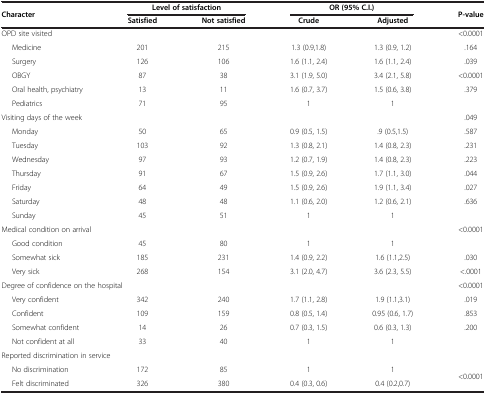
<table><thead><tr><td rowspan="2"><b>Character</b></td><td colspan="2"><b>Level of satisfaction</b></td><td colspan="2"><b>OR (95% C.I.)</b></td><td rowspan="2"><b>P-value</b></td></tr><tr><td><b>Satisfied</b></td><td><b>Not satisfied</b></td><td><b>Crude</b></td><td><b>Adjusted</b></td></tr></thead><tbody><tr><td>OPD site visited</td><td colspan="4"> </td><td>&lt;0.0001</td></tr><tr><td>Medicine</td><td>201</td><td>215</td><td>1.3 (0.9,1.8)</td><td>1.3 (0.9, 1.2)</td><td>.164</td></tr><tr><td>Surgery</td><td>126</td><td>106</td><td>1.6 (1.1, 2.4)</td><td>1.6 (1.1, 2.4)</td><td>.039</td></tr><tr><td>OBGY</td><td>87</td><td>38</td><td>3.1 (1.9, 5.0)</td><td>3.4 (2.1, 5.8)</td><td>&lt;0.0001</td></tr><tr><td>Oral health, psychiatry</td><td>13</td><td>11</td><td>1.6 (0.7, 3.7)</td><td>1.5 (0.6, 3.8)</td><td>.379</td></tr><tr><td>Pediatrics</td><td>71</td><td>95</td><td>1</td><td>1</td><td> </td></tr><tr><td>Visiting days of the week</td><td colspan="4"> </td><td>.049</td></tr><tr><td>Monday</td><td>50</td><td>65</td><td>0.9 (0.5, 1.5)</td><td>.9 (0.5,1.5)</td><td>.587</td></tr><tr><td>Tuesday</td><td>103</td><td>92</td><td>1.3 (0.8, 2.1)</td><td>1.4 (0.8, 2.3)</td><td>.231</td></tr><tr><td>Wednesday</td><td>97</td><td>93</td><td>1.2 (0.7, 1.9)</td><td>1.4 (0.8, 2.3)</td><td>.223</td></tr><tr><td>Thursday</td><td>91</td><td>67</td><td>1.5 (0.9, 2.6)</td><td>1.7 (1.1, 3.0)</td><td>.044</td></tr><tr><td>Friday</td><td>64</td><td>49</td><td>1.5 (0.9, 2.6)</td><td>1.9 (1.1, 3.4)</td><td>.027</td></tr><tr><td>Saturday</td><td>48</td><td>48</td><td>1.1 (0.6, 2.0)</td><td>1.2 (0.6, 2.1)</td><td>.636</td></tr><tr><td>Sunday</td><td>45</td><td>51</td><td>1</td><td>1</td><td> </td></tr><tr><td colspan="5">Medical condition on arrival</td><td>&lt;0.0001</td></tr><tr><td>Good condition</td><td>45</td><td>80</td><td>1</td><td>1</td><td> </td></tr><tr><td>Somewhat sick</td><td>185</td><td>231</td><td>1.4 (0.9, 2.2)</td><td>1.6 (1.1,2.5)</td><td>.030</td></tr><tr><td>Very sick</td><td>268</td><td>154</td><td>3.1 (2.0, 4.7)</td><td>3.6 (2.3, 5.5)</td><td>&lt;.0001</td></tr><tr><td colspan="5">Degree of confidence on the hospital</td><td>&lt;0.0001</td></tr><tr><td>Very confident</td><td>342</td><td>240</td><td>1.7 (1.1, 2.8)</td><td>1.9 (1.1,3.1)</td><td>.019</td></tr><tr><td>Confident</td><td>109</td><td>159</td><td>0.8 (0.5, 1.4)</td><td>0.95 (0.6, 1.7)</td><td>.853</td></tr><tr><td>Somewhat confident</td><td>14</td><td>26</td><td>0.7 (0.3, 1.5)</td><td>0.6 (0.3, 1.3)</td><td>.200</td></tr><tr><td>Not confident at all</td><td>33</td><td>40</td><td>1</td><td>1</td><td> </td></tr><tr><td colspan="3">Reported discrimination in service</td><td> </td><td> </td><td> </td></tr><tr><td>No discrimination</td><td>172</td><td>85</td><td>1</td><td>1</td><td rowspan="2">&lt;0.0001</td></tr><tr><td>Felt discriminated</td><td>326</td><td>380</td><td>0.4 (0.3, 0.6)</td><td>0.4 (0.2,0.7)</td></tr></tbody></table>